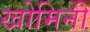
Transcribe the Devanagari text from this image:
खोमिनी